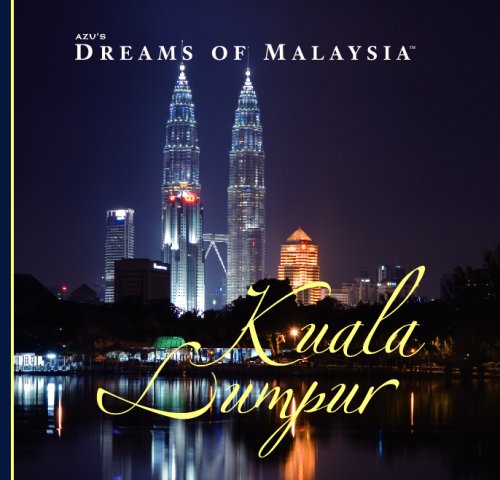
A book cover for AZU's Dreams of Malaysia Kuala Lumpur (Dreams of); Michael Spencer (author) Joakim Leroy (photographer); Travel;